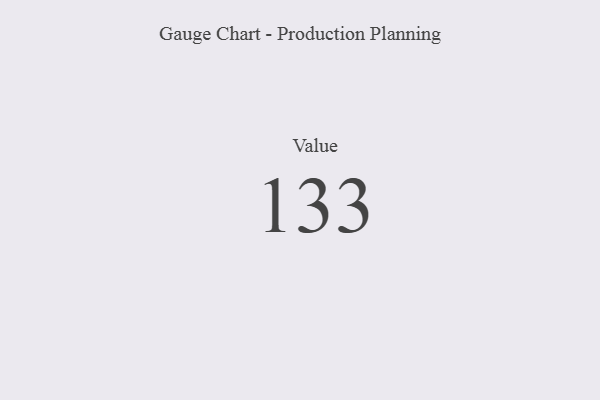
{"axis": {"x": "Metric", "y": "Value"}, "legend": [""], "data": [{"x": "Value", "y": 133, "type": ""}]}